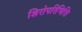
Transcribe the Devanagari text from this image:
शिरोपरिभित्ति